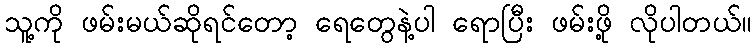
သူ့ကို ဖမ်းမယ်ဆိုရင်တော့ ရေတွေနဲ့ပါ ရောပြီး ဖမ်းဖို့ လိုပါတယ်။